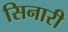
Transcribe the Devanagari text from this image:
सिनारी